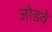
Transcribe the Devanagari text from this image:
जोडवे